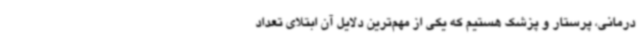
درمانی، پرستار و پزشک هستیم که یکی از مهم‌ترین دلایل آن ابتلای تعداد